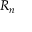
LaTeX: \boldsymbol { R _ { n } }